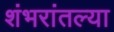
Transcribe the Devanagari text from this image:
शंभरांतल्या